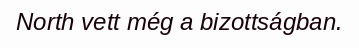
North vett még a bizottságban.